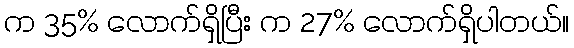
က 35% လောက်ရှိပြီး က 27% လောက်ရှိပါတယ်။